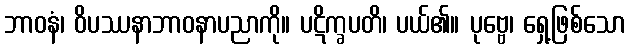
ဘာဝနံ၊ ဝိပဿနာဘာဝနာပညာကို။ ပဋိက္ခပတိ၊ ပယ်၏။ ပုဗ္ဗေ၊ ရှေ့ဖြစ်သော